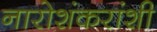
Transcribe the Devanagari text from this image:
नारोशंकरांशी